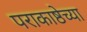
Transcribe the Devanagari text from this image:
पराकाष्ठेच्या